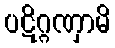
ပဋိဂ္ဂဏှာမိ